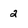
Character: 2